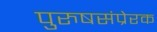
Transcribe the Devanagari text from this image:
पुरुषसंप्रेरक